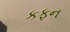
કફન